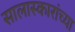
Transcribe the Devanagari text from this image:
सालास्कारांच्या